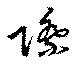
際